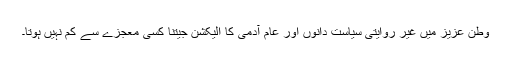
وطن عزیز میں غیر روایتی سیاست دانوں اور عام آدمی کا الیکشن جیتنا کسی معجزے سے کم نہیں ہوتا۔